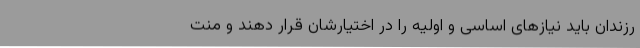
رزندان باید نیازهای اساسی و اولیه را در اختیارشان قرار دهند و منت